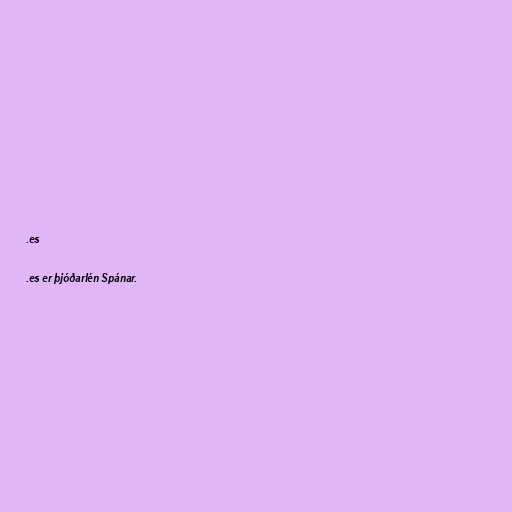
.es

.es er þjóðarlén Spánar.